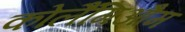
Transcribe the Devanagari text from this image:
कोलैंगिऔम